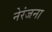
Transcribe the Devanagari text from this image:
नेरंजना